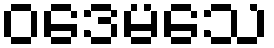
ဝဒေမသေ